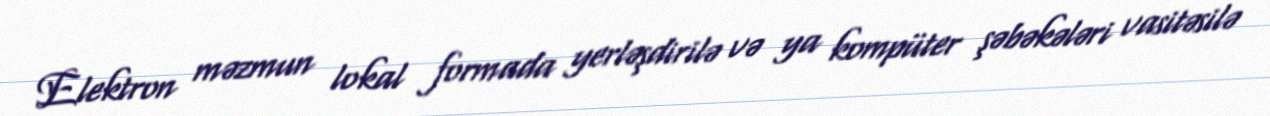
Elektron məzmun lokal formada yerləşdirilə və ya kompüter şəbəkələri vasitəsilə